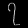
Digit: ၇